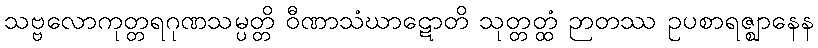
သဗ္ဗလောကုတ္တရဂုဏသမ္ပတ္တိ ဝီဏာသံဃာဋောတိ သုတ္တတ္ထံ ဉာတဿ ဥပစာရဇ္ဈာနေန